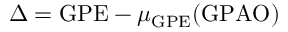
\Delta = \mathrm { G P E } - \mu _ { \mathrm { G P E } } ( \mathrm { G P A O } )